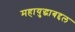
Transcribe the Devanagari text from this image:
महायुद्धाबद्दल